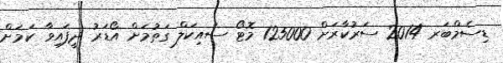
ޑިސެމްބަރ 2014 ސަރުކާރަށް 125000 މޮޓޯ ސައިކަލް ގަތުމަށް އޯޑަރު ދީފައިވާ ކަމަށް